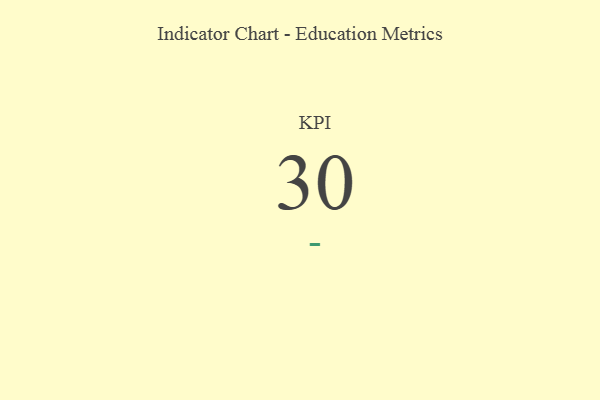
{"axis": {"x": "KPI", "y": "Value"}, "legend": [""], "data": [{"x": "KPI", "y": 30, "type": ""}]}